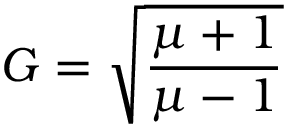
G = \sqrt { \frac { \mu + 1 } { \mu - 1 } }